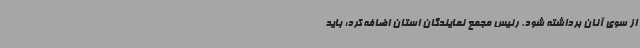
از سوی آنان برداشته شود. رئیس مجمع نمایندگان استان اضافه کرد: باید